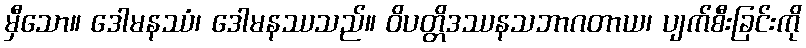
မှီသော။ ဒေါမနဿံ၊ ဒေါမနဿသည်။ ဝိပတ္တိဒဿနသဘာဂတာယ၊ ပျက်စီးခြင်းကို